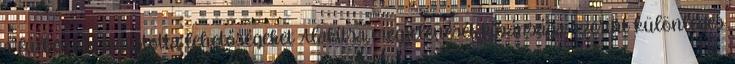
a fülbevaló nyújtotta lehetőségeket Alakítsa megjelenését kívánsága szerint különleges